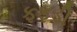
ફફડી